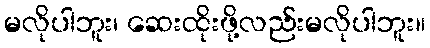
မလိုပါဘူး၊ ဆေးထိုးဖို့လည်းမလိုပါဘူး။